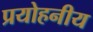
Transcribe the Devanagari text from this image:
प्रयोहनीय